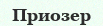
Приозер